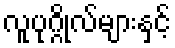
လူပုဂ္ဂိုလ်များနှင့်